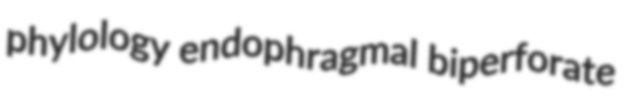
phylology endophragmal biperforate